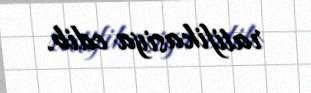
ratifikasiya edib.